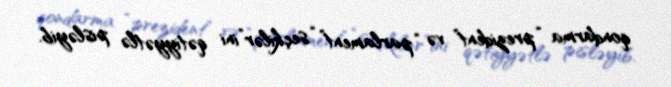
qondarma “prezident” və “parlament” “seçkilər”ini qətiyyətlə pisləyib.